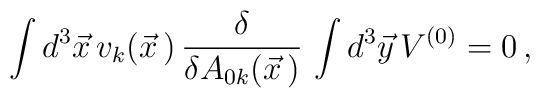
\int d^3\vec x\,v_k(\vec x\,)\,\frac{\delta}{\delta A_{0k}(\vec x\,)}\,\int d^3\vec y\,V^{(0)}=0\,,